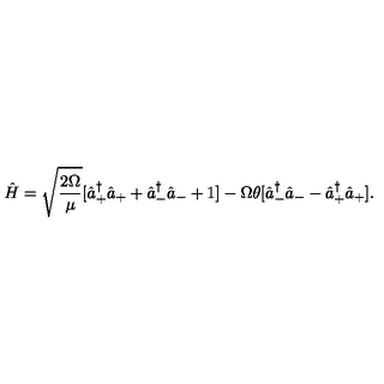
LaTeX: \hat { H } = \sqrt { \frac { 2 \Omega } { \mu } } [ \hat { a } _ { + } ^ { \dag } \hat { a } _ { + } + \hat { a } _ { - } ^ { \dag } \hat { a } _ { - } + 1 ] - \Omega \theta [ \hat { a } _ { - } ^ { \dag } \hat { a } _ { - } - \hat { a } _ { + } ^ { \dag } \hat { a } _ { + } ] .